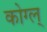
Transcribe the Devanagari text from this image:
कोग्ल्